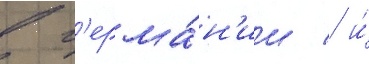
в г'ерма́н'ии / и́